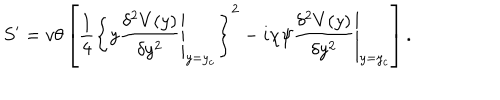
LaTeX: S ^ { \prime } = v \theta \left[ \frac { 1 } { 4 } \left\{ y \left. \frac { \delta ^ { 2 } V ( y ) } { \delta y ^ { 2 } } \right| _ { y = y _ { c } } \right\} ^ { 2 } - i \chi \psi \left. \frac { \delta ^ { 2 } V ( y ) } { \delta y ^ { 2 } } \right| _ { y = y _ { c } } \right] .